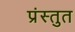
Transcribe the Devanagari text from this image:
प्रंस्तुत